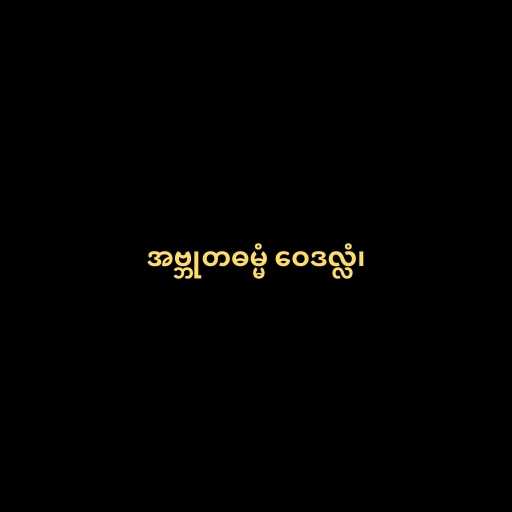
အဗ္ဘုတဓမ္မံ ဝေဒလ္လံ၊